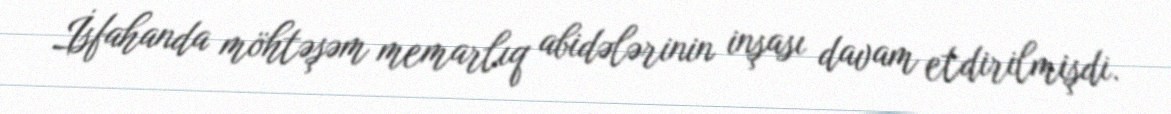
İsfahanda möhtəşəm memarlıq abidələrinin inşası davam etdirilmişdi.